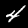
Label: 4